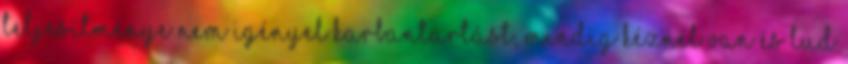
teljesítménye Nem igényel karbantartást, mindig kéznél van és tud